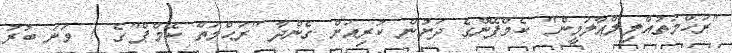
"ރަހްމަތުއްލިލްޢާލަމީން" ކެމްޕޭންގެ ދަށުން ކުރިއަށް ގެންދާ "ރަޙްމަތް ކޭމްޕް"ގެ 7 ވަނަ ބުރު